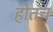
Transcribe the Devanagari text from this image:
होतंच